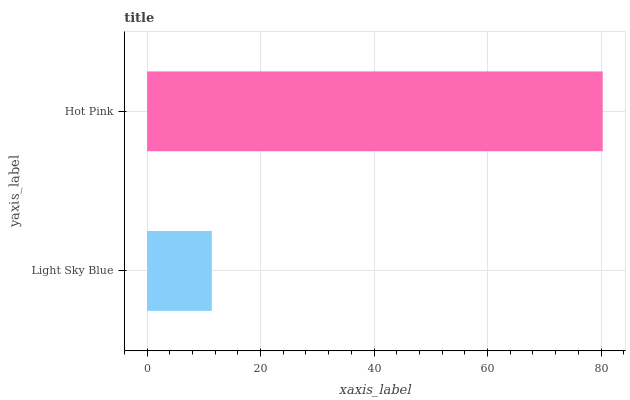
| yaxis_label | bars |
 | --- | --- |
 | Light Sky Blue | 11.4 |
 | Hot Pink | 80.3 |